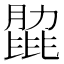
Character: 𦟭